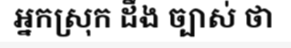
អ្នកស្រុក ដឹង ច្បាស់ ថា